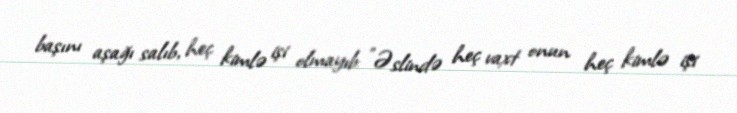
başını aşağı salıb, heç kimlə işi olmayıb: "Əslində heç vaxt onun heç kimlə işi